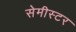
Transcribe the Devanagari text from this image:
सेमीस्टर